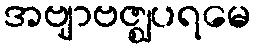
အဗျာဗဇ္ဈပရမေ